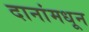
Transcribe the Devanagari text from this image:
दानांमधून